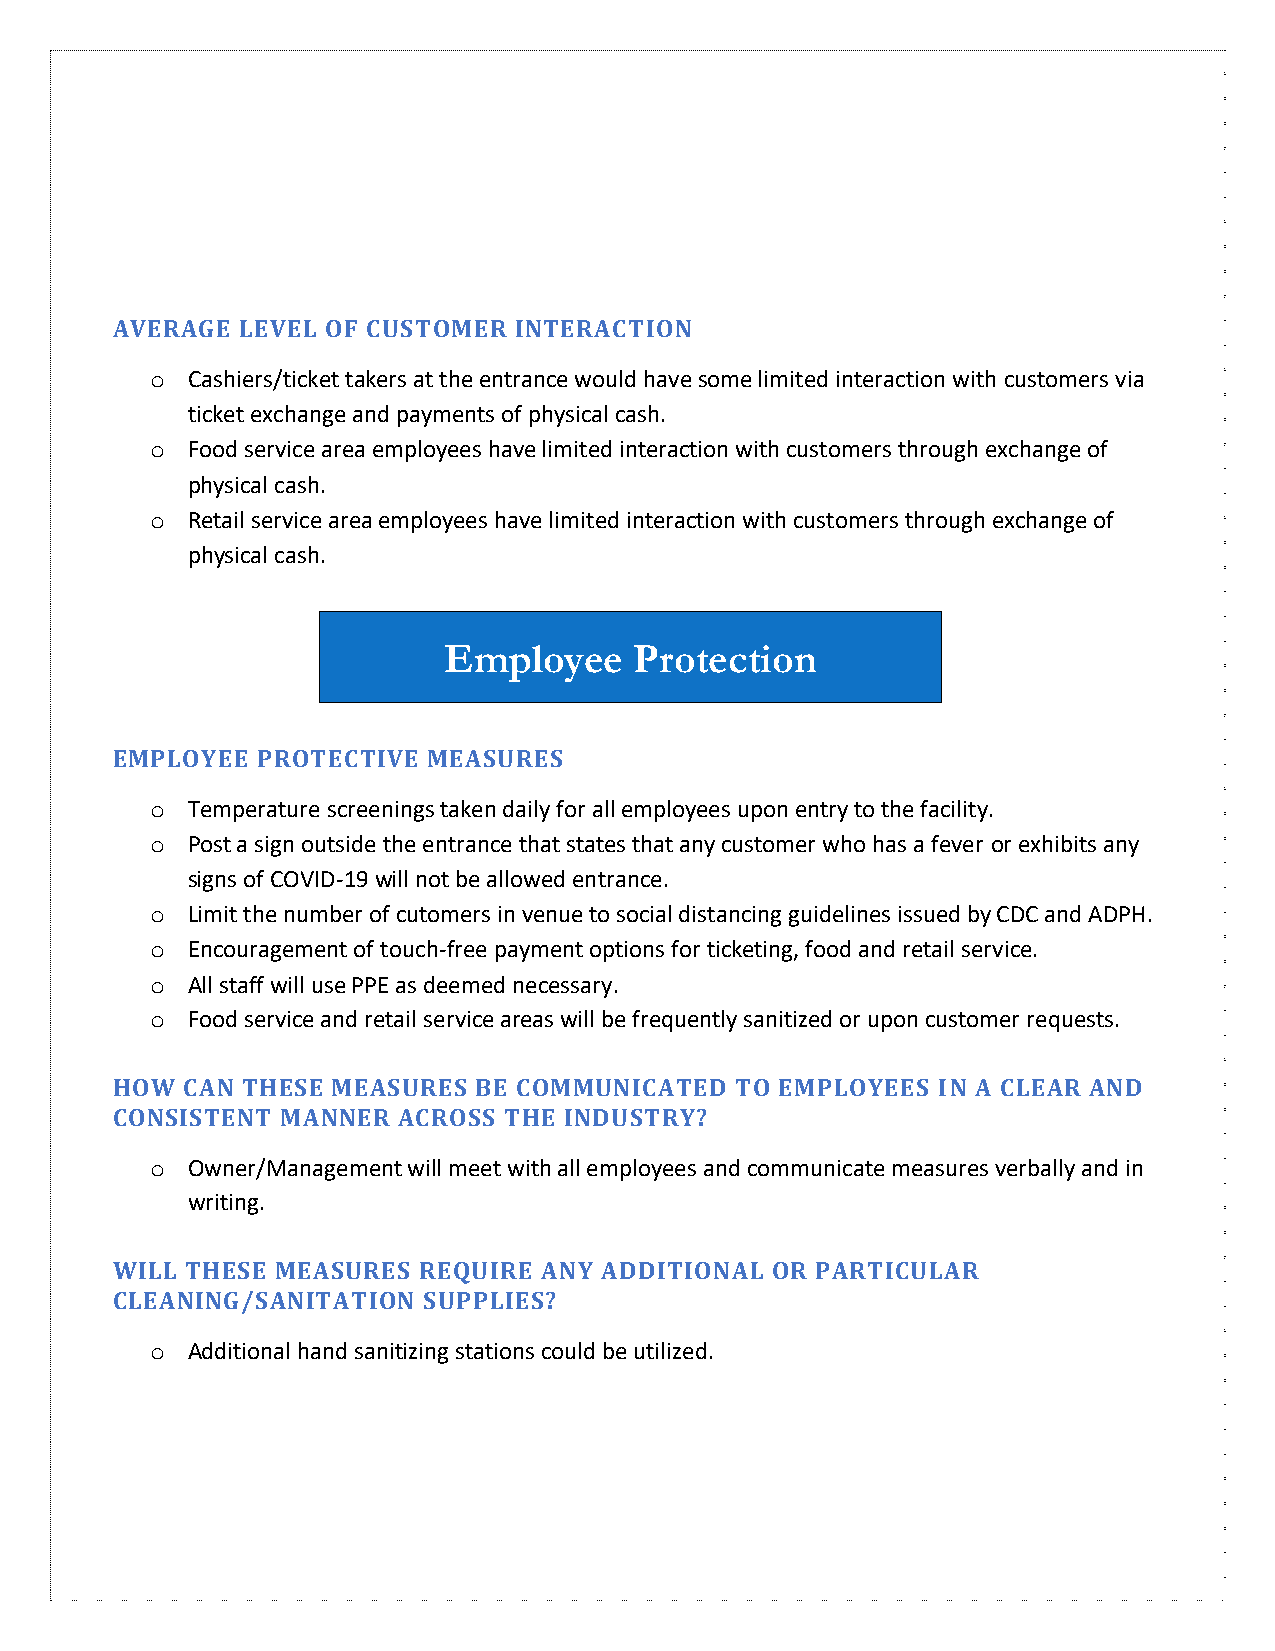
AVERAGE  LEVEL OF CUSTOMER INTERACTION
 o Cashiers/ticket takers at the entrance would have some limited interaction with customers via
 ticket exchange and payments of physical cash.
 o Food service area employees have limited interaction with customers through exchange of
 physical cash.
 o Retail service area employees have limited interaction with customers through exchange of
 physical cash.
 Employee     Protection
 EMPLOYEE  PROTE CTIVE MEASURES
 o Temperature screenings taken daily for all employees upon entry to the facility.
 o Post a sign outside the entrance that states that any customer who has a fever or exhibits any
 signs of COVID-19 will not be allowed entrance.
 o Limit the number of cutomers in venue to social distancing guidelines issued by CDC and ADPH.
 o Encouragement of touch-free payment options for ticketing, food and retail service.
 o All staff will use PPE as deemed necessary.
 o Food service and retail service areas will be frequently sanitized or upon customer requests.
 HOW  CAN THESE MEASURES  BE COMMUNICATED  TO EMPLOYEES IN A CLEAR AND
 CONSISTENT  MANNER ACROSS THE INDUSTRY?
 o Owner/Management will meet with all employees and communicate measures verbally and in
 writing.
 WILL THESE MEASURES  REQUIRE ANY ADDITIONAL OR PARTICULAR
 CLEANING/SANITATION  SUPPLIES?
 o Additional hand sanitizing stations could be utilized.